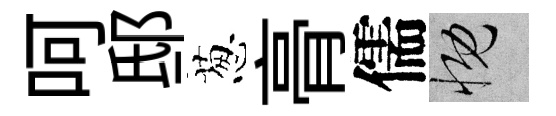
呵邸葱𮌔儒慨